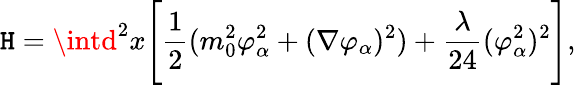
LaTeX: \mathtt{H}=\intd^{2}x\Biggl[{\frac{{1}}{{2}}}(m_{0}^{2}\varphi_{\alpha}^{2}+(\nabla\varphi_{\alpha})^{2})+{\frac{{\lambda}}{{24}}}(\varphi_{\alpha}^{2})^{2}\Biggr],\,